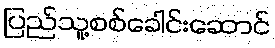
ပြည်သူ့စစ်ခေါင်းဆောင်